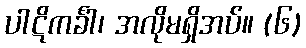
ပါဋိကင်္ခါ၊ အလိုမရှိအပ်။ (၆)